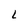
Character: L